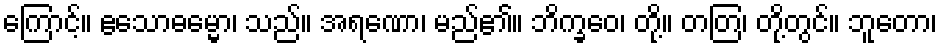
ကြောင့်။ ဧသောဓမ္မော၊ သည်။ အရဏော၊ မည်၏။ ဘိက္ခဝေ၊ တို့။ တတြ၊ တို့တွင်။ ဘူတော၊